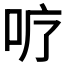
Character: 𭇘